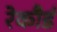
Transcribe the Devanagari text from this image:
रेकौर्ड